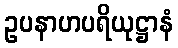
ဥပနာဟပရိယုဋ္ဌာနံ